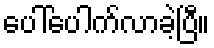
ပေါ်ပေါက်လာခဲ့ပြီ။